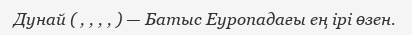
Дунай ( , , , , ) — Батыс Еуропадағы ең ірі өзен.